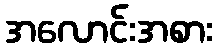
အလောင်းအစား